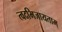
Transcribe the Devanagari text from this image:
त्वदभिजायताम्